Problem: 5 × 2 = ?
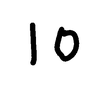
Handwritten answer: 10